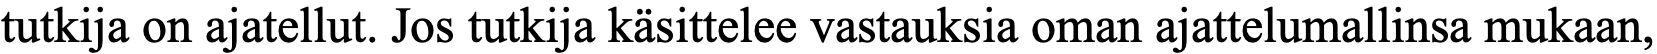
tutkija on ajatellut. Jos tutkija käsittelee vastauksia oman ajattelumallinsa mukaan,